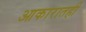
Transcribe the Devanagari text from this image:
आकारातही